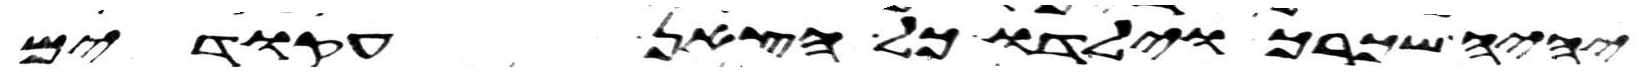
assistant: יהיה שכרך וילדו כל הצאן עקודים